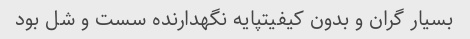
بسیار گران و بدون کیفیتپایه نگهدارنده سست و شل بود